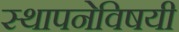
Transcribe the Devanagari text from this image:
स्थापनेविषयी